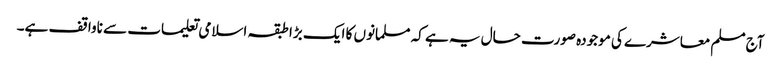
آج مسلم معاشرے کی موجودہ صورت حال یہ ہے کہ مسلمانوں کا ایک بڑا طبقہ اسلامی تعلیمات سے ناواقف ہے۔